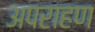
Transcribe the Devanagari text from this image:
अपराहण